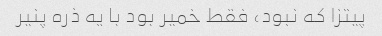
پیتزا که نبود، فقط خمیر بود با یه ذره پنیر